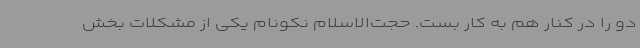
دو را در کنار هم به کار بست. حجت‌الاسلام نکونام یکی از مشکلات بخش